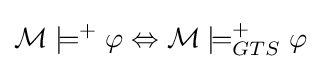
{\mathcal {M}}\models ^{+}\varphi \Leftrightarrow {\mathcal {M}}\models _{GTS}^{+}\varphi